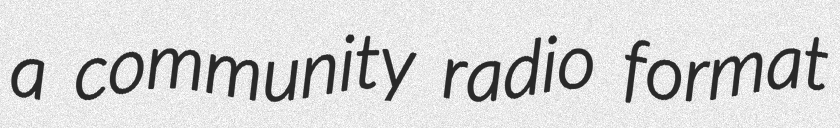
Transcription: a community radio format